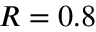
R = 0 . 8